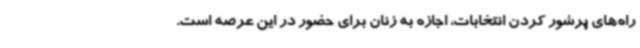
راه‌های پرشور کردن انتخابات، اجازه به زنان برای حضور در این عرصه است.